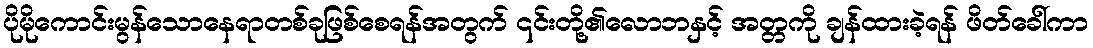
ပိုမိုကောင်းမွန်သောနေရာတစ်ခုဖြစ်စေရန်အတွက် ၎င်းတို့၏လောဘနှင့် အတ္တကို ချန်ထားခဲ့ရန် ဖိတ်ခေါ်ကာ